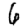
Digit: 6